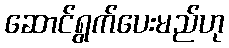
ဆောင်ရွက်ပေးမည်ဟု